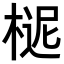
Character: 𣖗